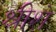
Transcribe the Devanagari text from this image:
श्रीशे